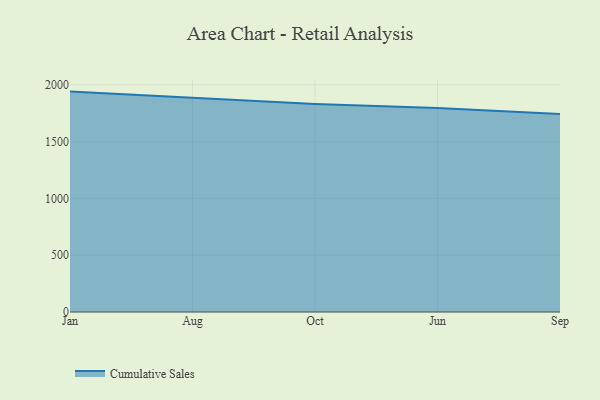
{"axis": {"x": "Month", "y": "Gross Profit (USD K)"}, "legend": ["Cumulative Sales"], "data": [{"x": "Jan", "y": 1940.0, "type": "Cumulative Sales"}, {"x": "Aug", "y": 1884.0, "type": "Cumulative Sales"}, {"x": "Oct", "y": 1831.3, "type": "Cumulative Sales"}, {"x": "Jun", "y": 1796.3, "type": "Cumulative Sales"}, {"x": "Sep", "y": 1742.0, "type": "Cumulative Sales"}]}